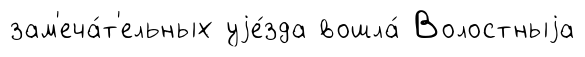
зам'еча́т'ельных уjе́зда вошла́ Волостныjа